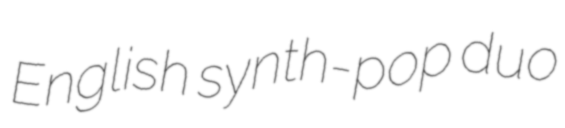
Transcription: English synth-pop duo